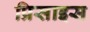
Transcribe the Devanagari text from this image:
प्रिसाइस